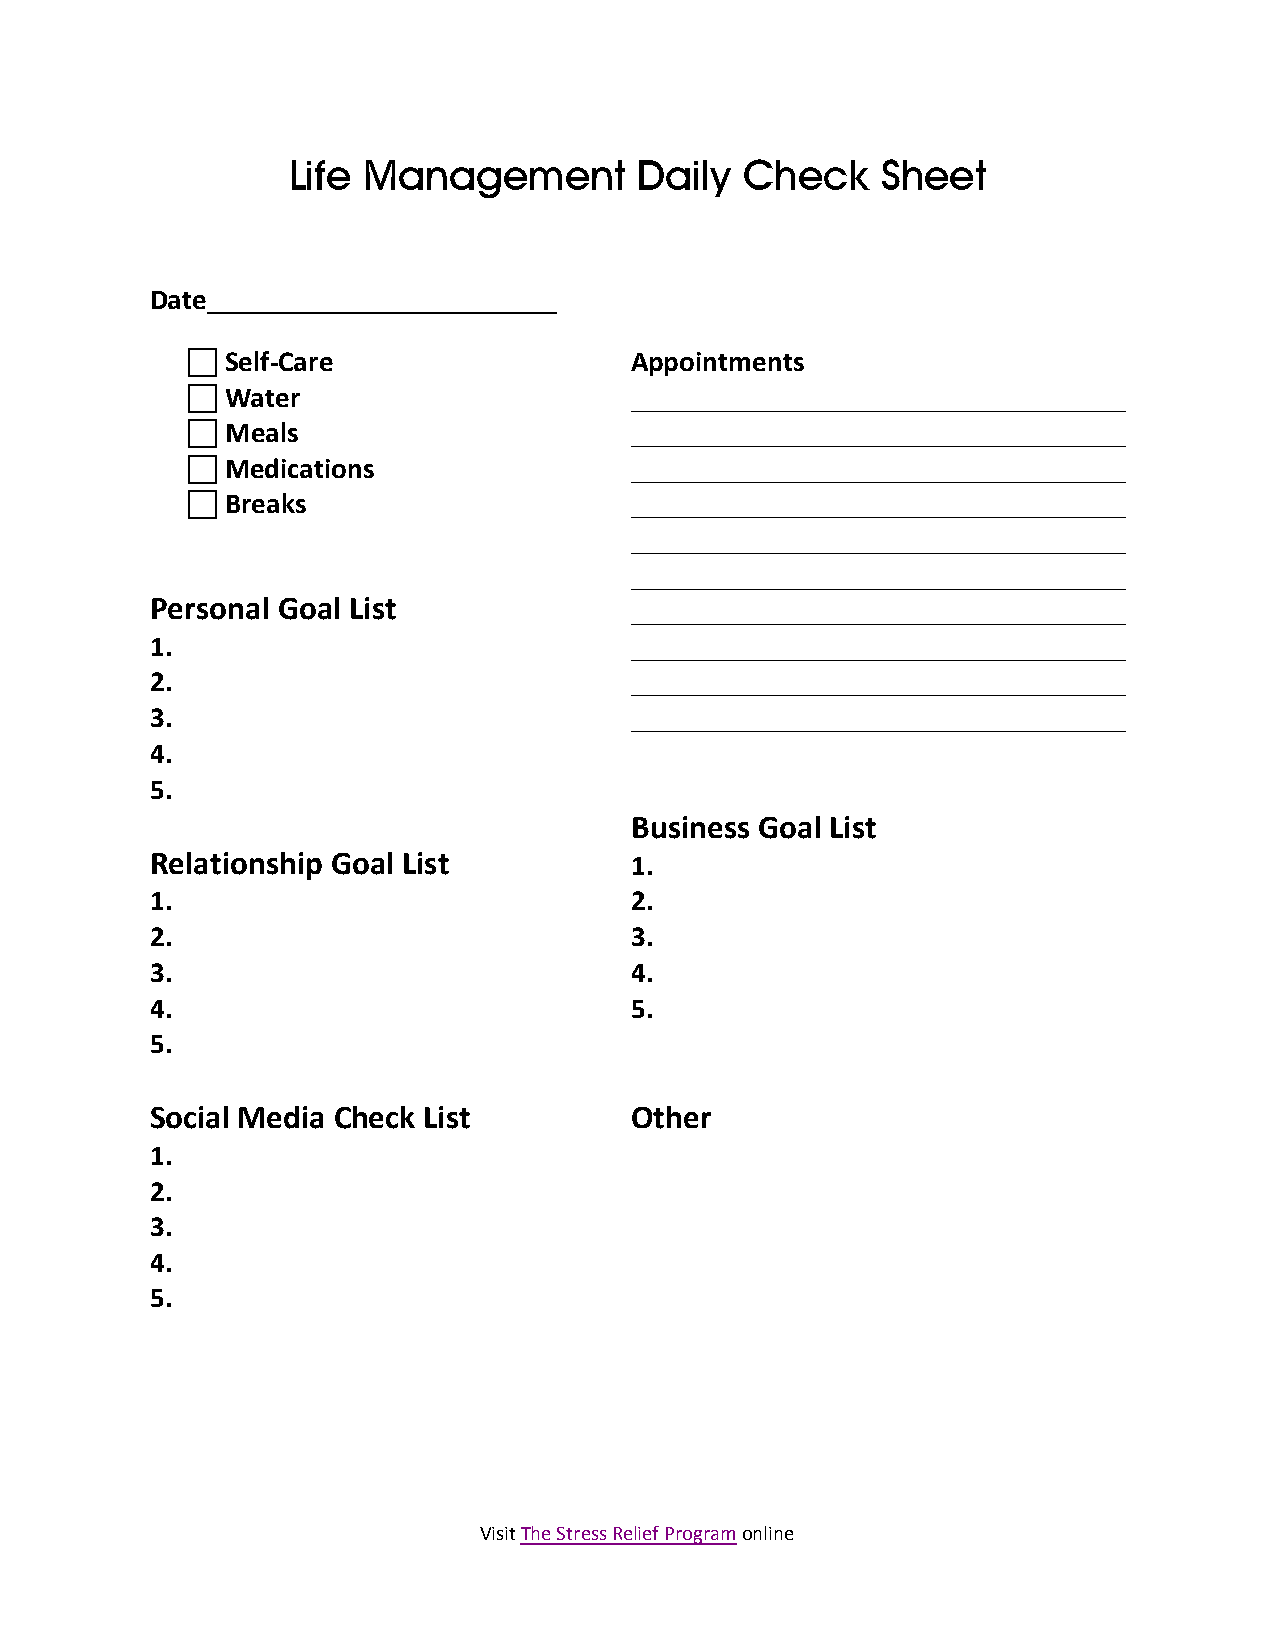
Life Management        Daily  Check    Sheet
 Date________________________
   Self-Care                  Appointments
   Water                      __________________________________
   Meals                      __________________________________
   Medications                __________________________________
   Breaks                     __________________________________
 __________________________________
 __________________________________
 Personal Goal List              __________________________________
 1.                              __________________________________
 2.                              __________________________________
 3.                              __________________________________
 4.
 5.
 Business Goal List
 Relationship Goal List          1.
 1.                              2.
 2.                              3.
 3.                              4.
 4.                              5.
 5.
 Social Media Check List         Other
 1.
 2.
 3.
 4.
 5.
 Visit The Stress Relief Program online